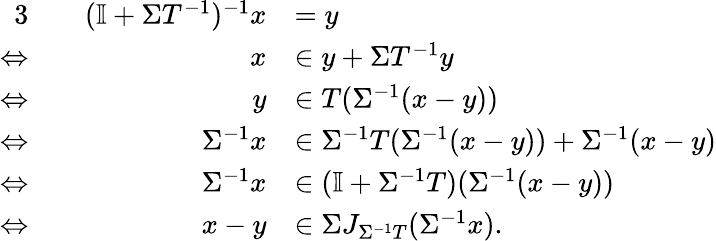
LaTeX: \begin{array}{rlrl}{{3}}&{}&{(\mathbb I+\Sigma T^{-1})^{-1}x}&{=y}\\ {\Leftrightarrow}&{}&{x}&{\in y+\Sigma T^{-1}y}\\ {\Leftrightarrow}&{}&{y}&{\in T(\Sigma^{-1}(x-y))}\\ {\Leftrightarrow}&{}&{\Sigma^{-1}x}&{\in\Sigma^{-1}T(\Sigma^{-1}(x-y))+\Sigma^{-1}(x-y)}\\ {\Leftrightarrow}&{}&{\Sigma^{-1}x}&{\in(\mathbb I+\Sigma^{-1}T)(\Sigma^{-1}(x-y))}\\ {\Leftrightarrow}&{}&{x-y}&{\in\Sigma J_{\Sigma^{-1}T}(\Sigma^{-1}x).}\end{array}